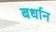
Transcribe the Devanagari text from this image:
बर्धान